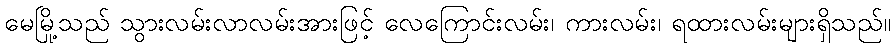
မေမြို့သည် သွားလမ်းလာလမ်းအားဖြင့် လေကြောင်းလမ်း၊ ကားလမ်း၊ ရထားလမ်းများရှိသည်။